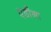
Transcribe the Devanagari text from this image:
एडीना